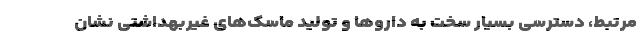
مرتبط، دسترسی بسیار سخت به داروها و تولید ماسک‌های غیربهداشتی نشان